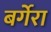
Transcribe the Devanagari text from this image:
बर्गेरा